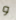
و